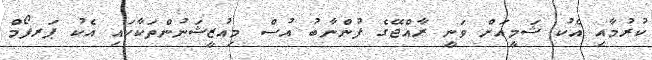
ކުރުމާއި އެކު ޝަމީއަށް ވަނީ ރާއްޖޭގެ ފުންނާބު އުސް މިއުޒީޝަނުންތަކާކައި އެކު ޕަރފޯމް